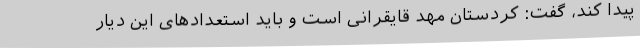
پیدا کند، گفت: کردستان مهد قایقرانی است و باید استعدادهای این دیار